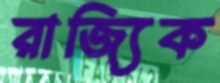
রাজ্যিক